Punjab Mental Hospital Lahore 1922-31 - 1922-1931
Year: 1922
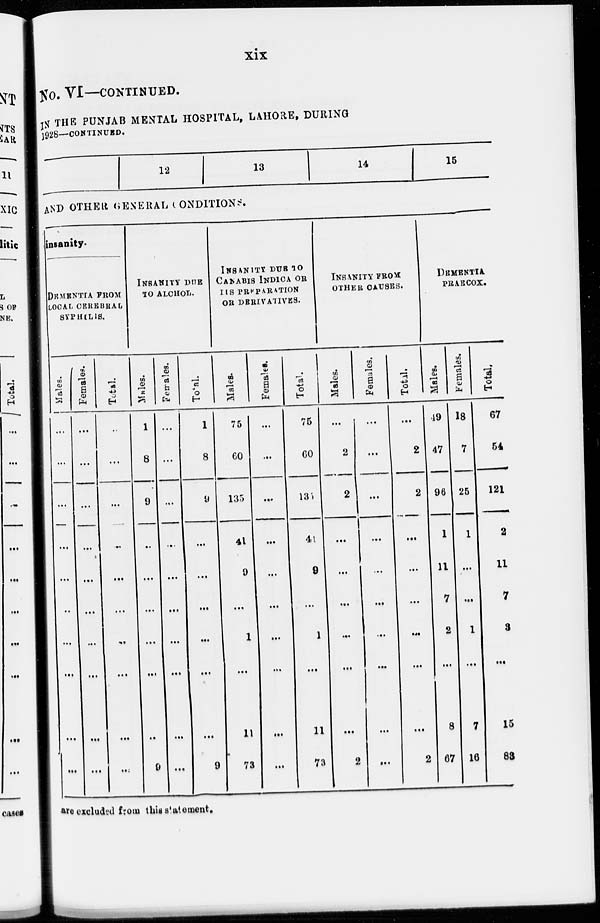
xix
No. VI—CONTINUED.
IN THE PUNJAB MENTAL HOSPITAL, LAHORE, DURING
1928—CONTINUED.
12
13
14
15
AND OTHER GENERAL CONDITIONS
insanity.
DEMENTIA FROM
LOCAL CEREBRAL
SYPHILIS.
Males.
...
...
...
...
...
...
...
...
...
...
Females.
...
...
...
...
...
...
...
...
...
...
Total.
...
...
...
...
...
...
...
...
...
...
INSANIT DUE
TO ALCHOL.
Males.
1
8
9
...
...
...
...
...
...
9
Females.
...
...
...
...
...
...
...
...
...
...
Total.
1
8
9
...
...
...
...
...
...
9
INSANITY DUE TO
CANABIS INDICA OR
ITS PREPARATION
OR DERIVATIVES
Males.
75
60
135
41
9
...
1
...
11
73
Females.
...
...
...
...
...
...
...
...
...
...
Total.
75
60
135
41
9
...
1
...
11
73
INSANITY FROM
OTHER CAUSES.
Males.
...
2
2
...
...
...
...
...
...
2
Females.
...
...
...
...
...
...
...
...
...
...
Total.
...
2
2
...
...
...
...
...
...
2
DEMENTIA
PRAECOX.
Males.
49
47
96
1
11
7
2
...
8
67
Females.
18
7
25
1
...
...
1
...
7
16
Total.
67
54
121
2
11
7
3
...
15
83
are excluded from this statement.